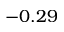
- 0 . 2 9